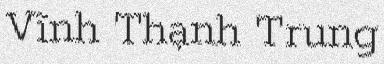
Vĩnh Thạnh Trung